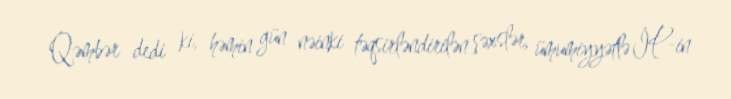
Qəmbər dedi ki, həmin gün nəinki təqsirləndirilən şəxslər, ümumiyyətlə İP-in